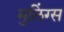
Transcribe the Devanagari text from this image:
मुलिंग्स